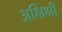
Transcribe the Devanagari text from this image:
अक्षिक्षी